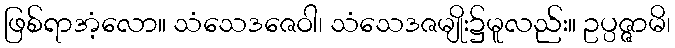
ဖြစ်ရာအံ့လော။ သံသေဒဇေဝါ၊ သံသေဒဇမျိုး၌မူလည်း။ ဥပ္ပဇ္ဇာမိ၊